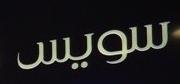
سويس